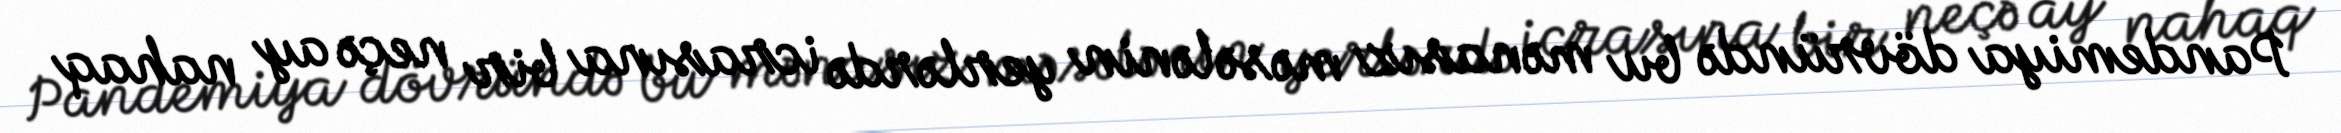
Pandemiya dövründə bu mənasız məsələnin yerlərdə icrasına bir neçə ay nahaq